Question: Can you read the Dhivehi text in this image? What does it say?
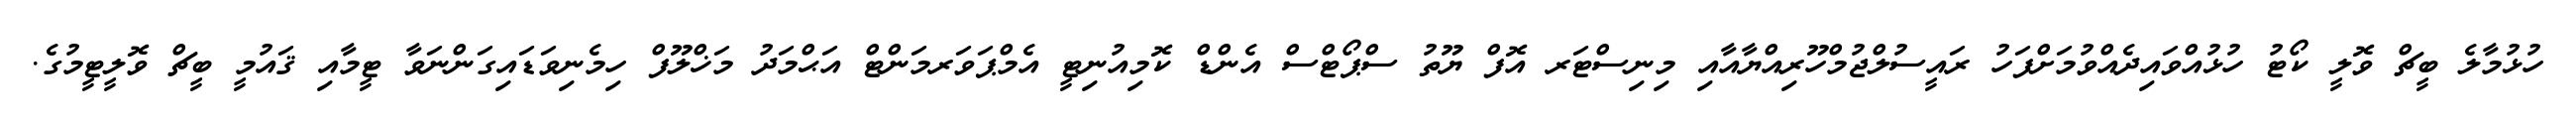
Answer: ހުޅުމާލެ ބީޗް ވޮލީ ކޯޓު ހުޅުއްވައިދެއްވުމަށްފަހު ރައީސުލްޖުމްހޫރިއްޔާއާއި މިނިސްޓަރ އޮފް ޔޫތު ސްޕޯޓްސް އެންޑް ކޮމިއުނިޓީ އެމްޕަވަރމަންޓް އަޙްމަދު މަޚްލޫފް ހިމެނިވަޑައިގަންނަވާ ޓީމާއި ޤައުމީ ބީޗް ވޮލީޓީމުގެ.